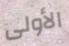
الأولى